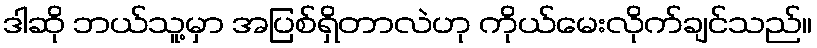
ဒါဆို ဘယ်သူ့မှာ အပြစ်ရှိတာလဲဟု ကိုယ်မေးလိုက်ချင်သည်။